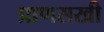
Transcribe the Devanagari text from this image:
प्राणसखी